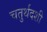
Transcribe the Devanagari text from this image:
चतुर्थदशी